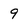
Character: 9